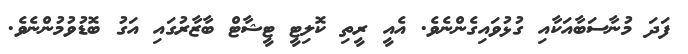
ފަދަ މުނާސަބާއަކާއިި ގުޅުވައިގެންނެވެ. އެއީ ރީތި ކޮލިޓީ ޓީީޝާޓް ބާޒާރުގައި އަގު ބޮޑުވުމުންނެވެ.